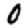
Digit: 0